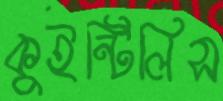
কুইন্টিলিস